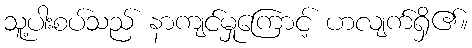
သူ့ပါးစပ်သည် နာကျင်မှုကြောင့် ဟလျက်ရှိ၏။